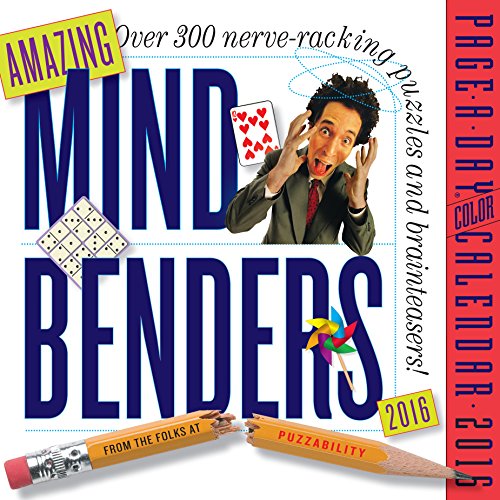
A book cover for Amazing Mind Benders Color Page-A-Day Calendar 2016; Puzzability; Calendars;